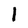
Character: l